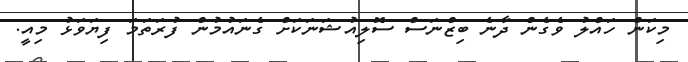
މިކަން ހައްލު ވެގެން ދާނެ ބިޒްނަސް ސޮލިއުޝަނަކަށް ގެނައުމުން ފުރަތަމަ ފިޔަވަޅު މިއީ.